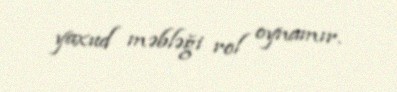
yaxud məbləği rol oynamır.